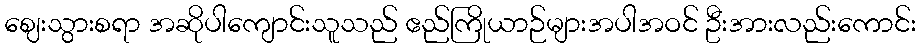
ဈေးသွားစရာ အဆိုပါကျောင်းသူသည် ဧည်ကြိုယာဉ်များအပါအဝင် ဦးအားလည်းကောင်း